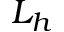
L _ { h }